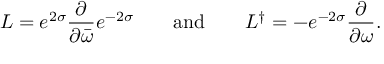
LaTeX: L = e ^ { 2 \sigma } \frac { \partial } { \partial \bar { \omega } } e ^ { - 2 \sigma } \qquad \mathrm { a n d } \qquad L ^ { \dag } = - e ^ { - 2 \sigma } \frac { \partial } { \partial \omega } .